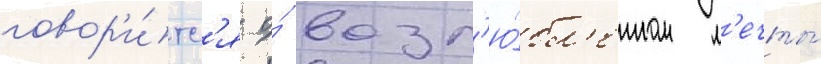
говор'и́тс'я о́ возл'ю́бл'енном м'ечты́